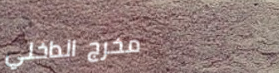
مخرج الداخلي